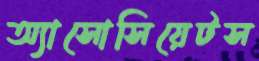
অ্যাসোসিয়েটস